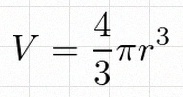
V=\frac43\pi r^3